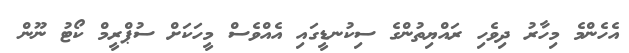
އެހެންމެ މިހާރު ދިވެހި ރައްޔިތުންގެ ސިކުނޑީގައި އެއްވެސް މީހަކަށް ސުޕްރީމް ކޯޓު ނޫން